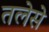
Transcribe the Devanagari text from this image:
तलेसे